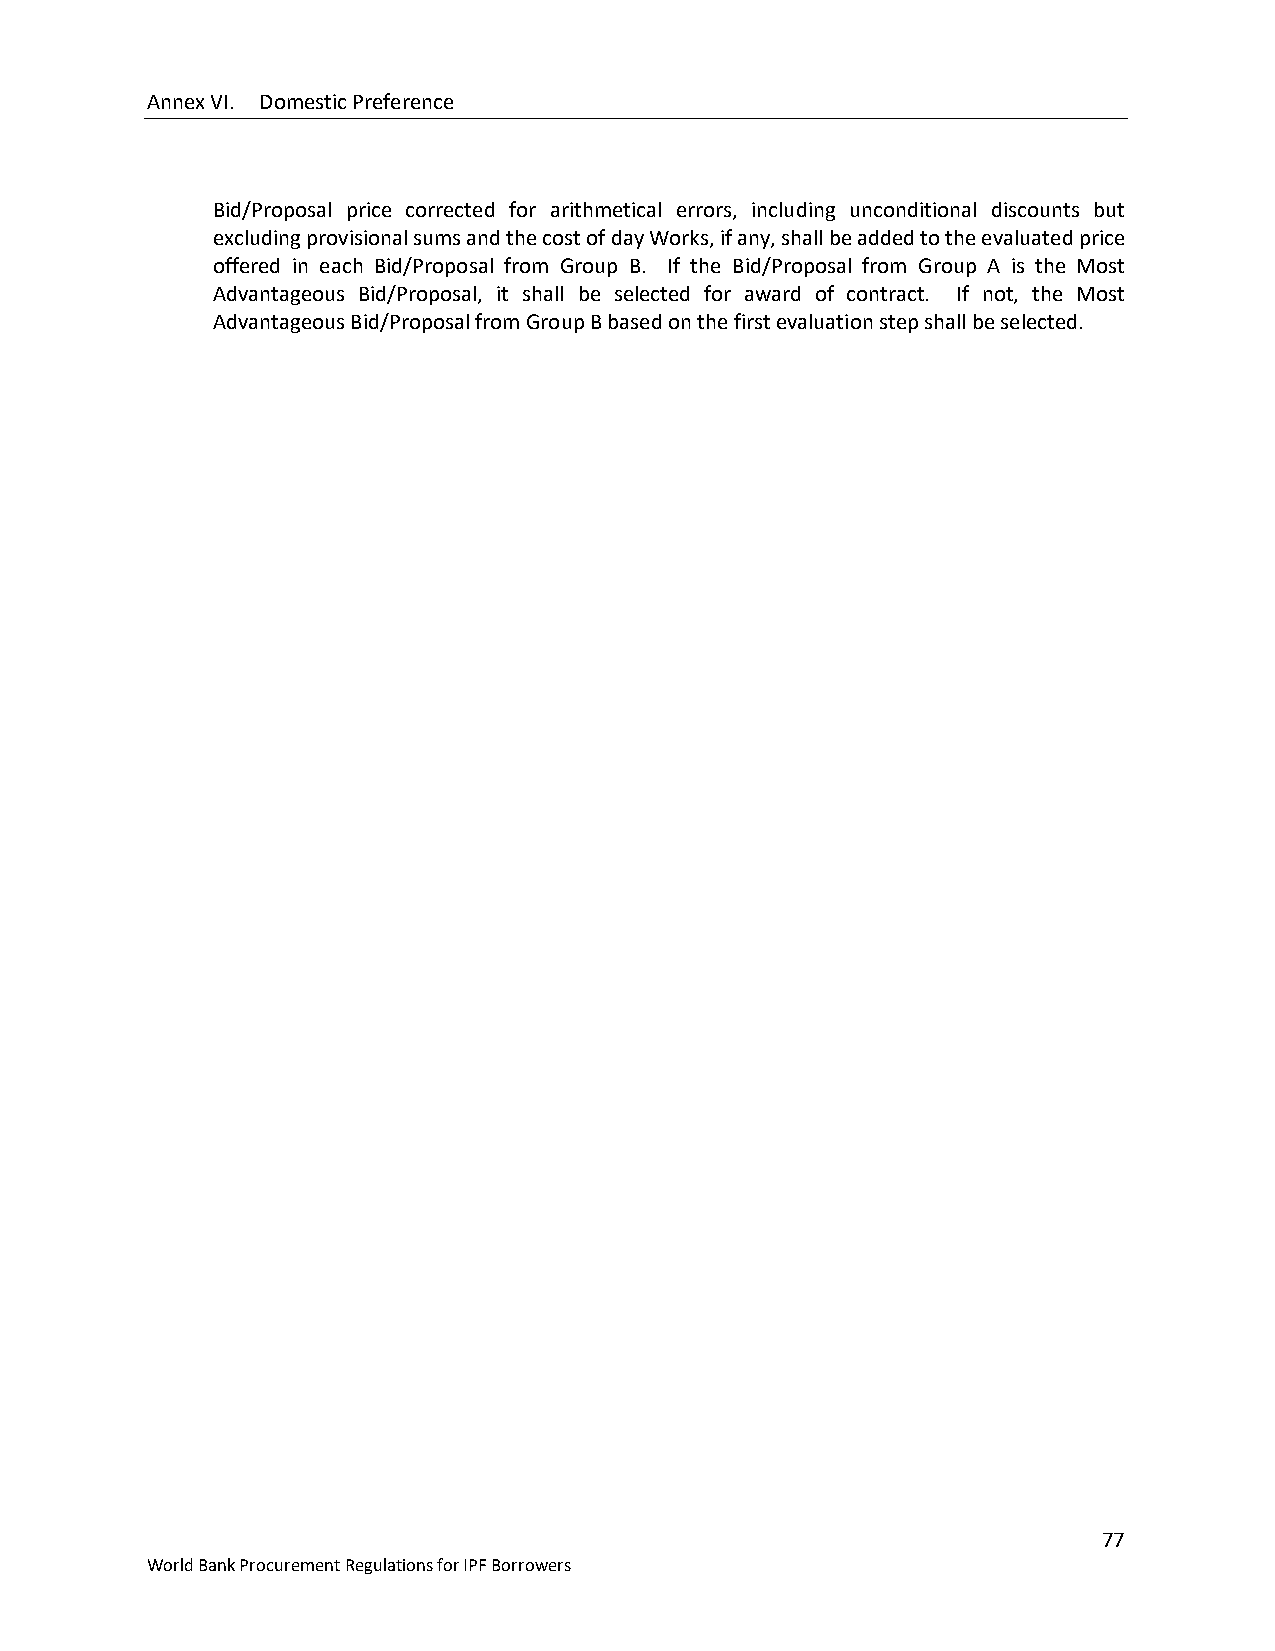
Annex VI. Domestic Preference
 Bid/Proposal price corrected for arithmetical errors, including unconditional discounts but
 excluding provisional sums and the cost of day Works, if any, shall be added to the evaluated price
 offered in each Bid/Proposal from Group B. If the Bid/Proposal from Group A is the Most
 Advantageous Bid/Proposal, it shall be selected for award of contract. If not, the Most
 Advantageous Bid/Proposal from Group B based on the first evaluation step shall be selected.
 77
 World Bank Procurement Regulations for IPF Borrowers